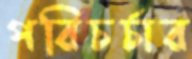
পরিচর্চার